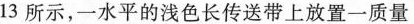
13所示，一水平的浅色长传送带上放置一质量